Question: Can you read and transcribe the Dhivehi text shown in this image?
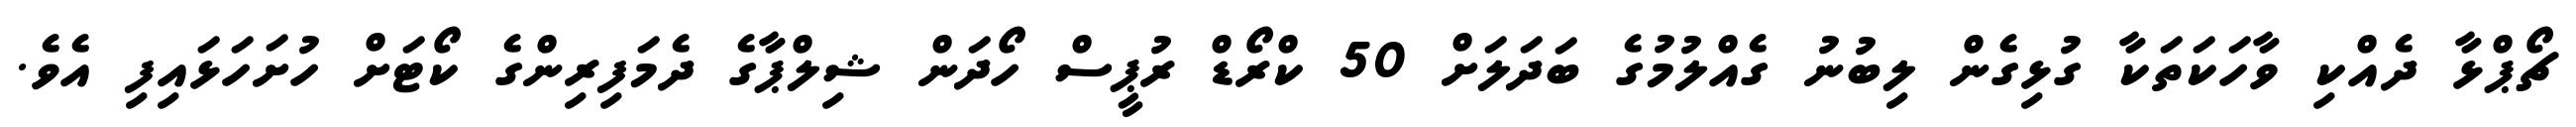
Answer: ޗޯޕްޅާ ދެއްކި ވާހަކަތަކާ ގުޅިގެން ލިބުނު ގެއްލުމުގެ ބަދަލަށް 50 ކްރޯޑް ރުޕީސް ހޯދަން ޝިލްޕާގެ ދެމަފިރިންގެ ކޯޓަށް ހުށަހަޅައިފި އެވެ.